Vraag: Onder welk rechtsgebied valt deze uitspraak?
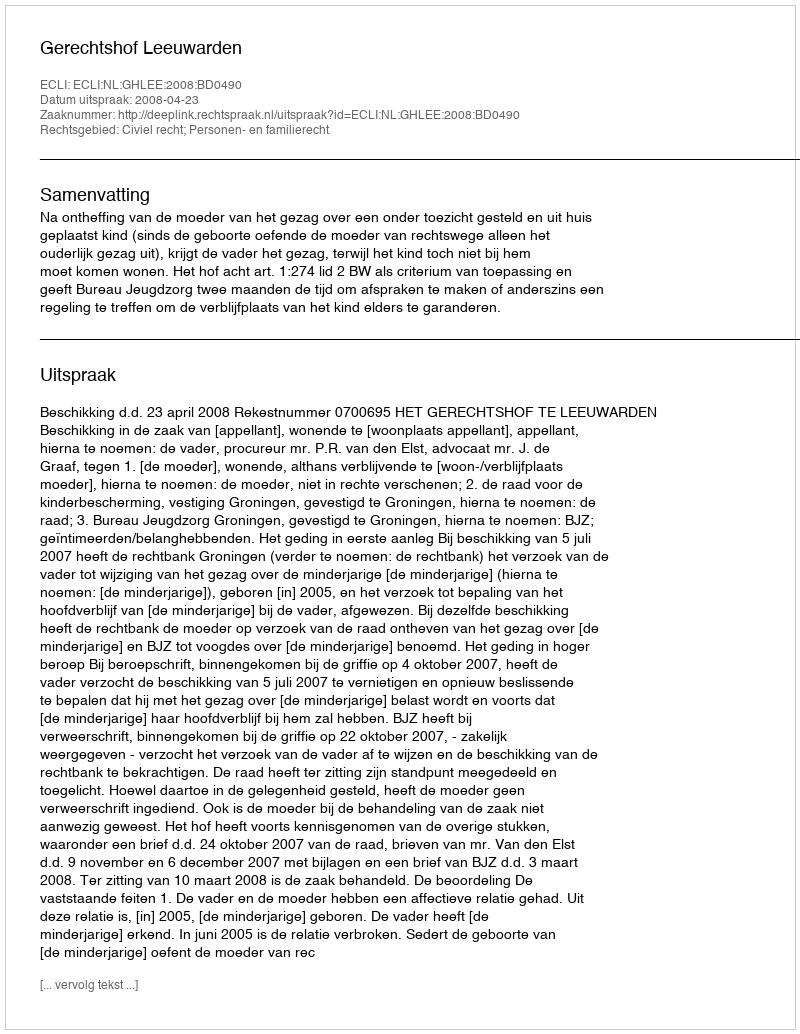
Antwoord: Civiel recht; Personen- en familierecht